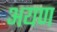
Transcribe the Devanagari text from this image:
अयण